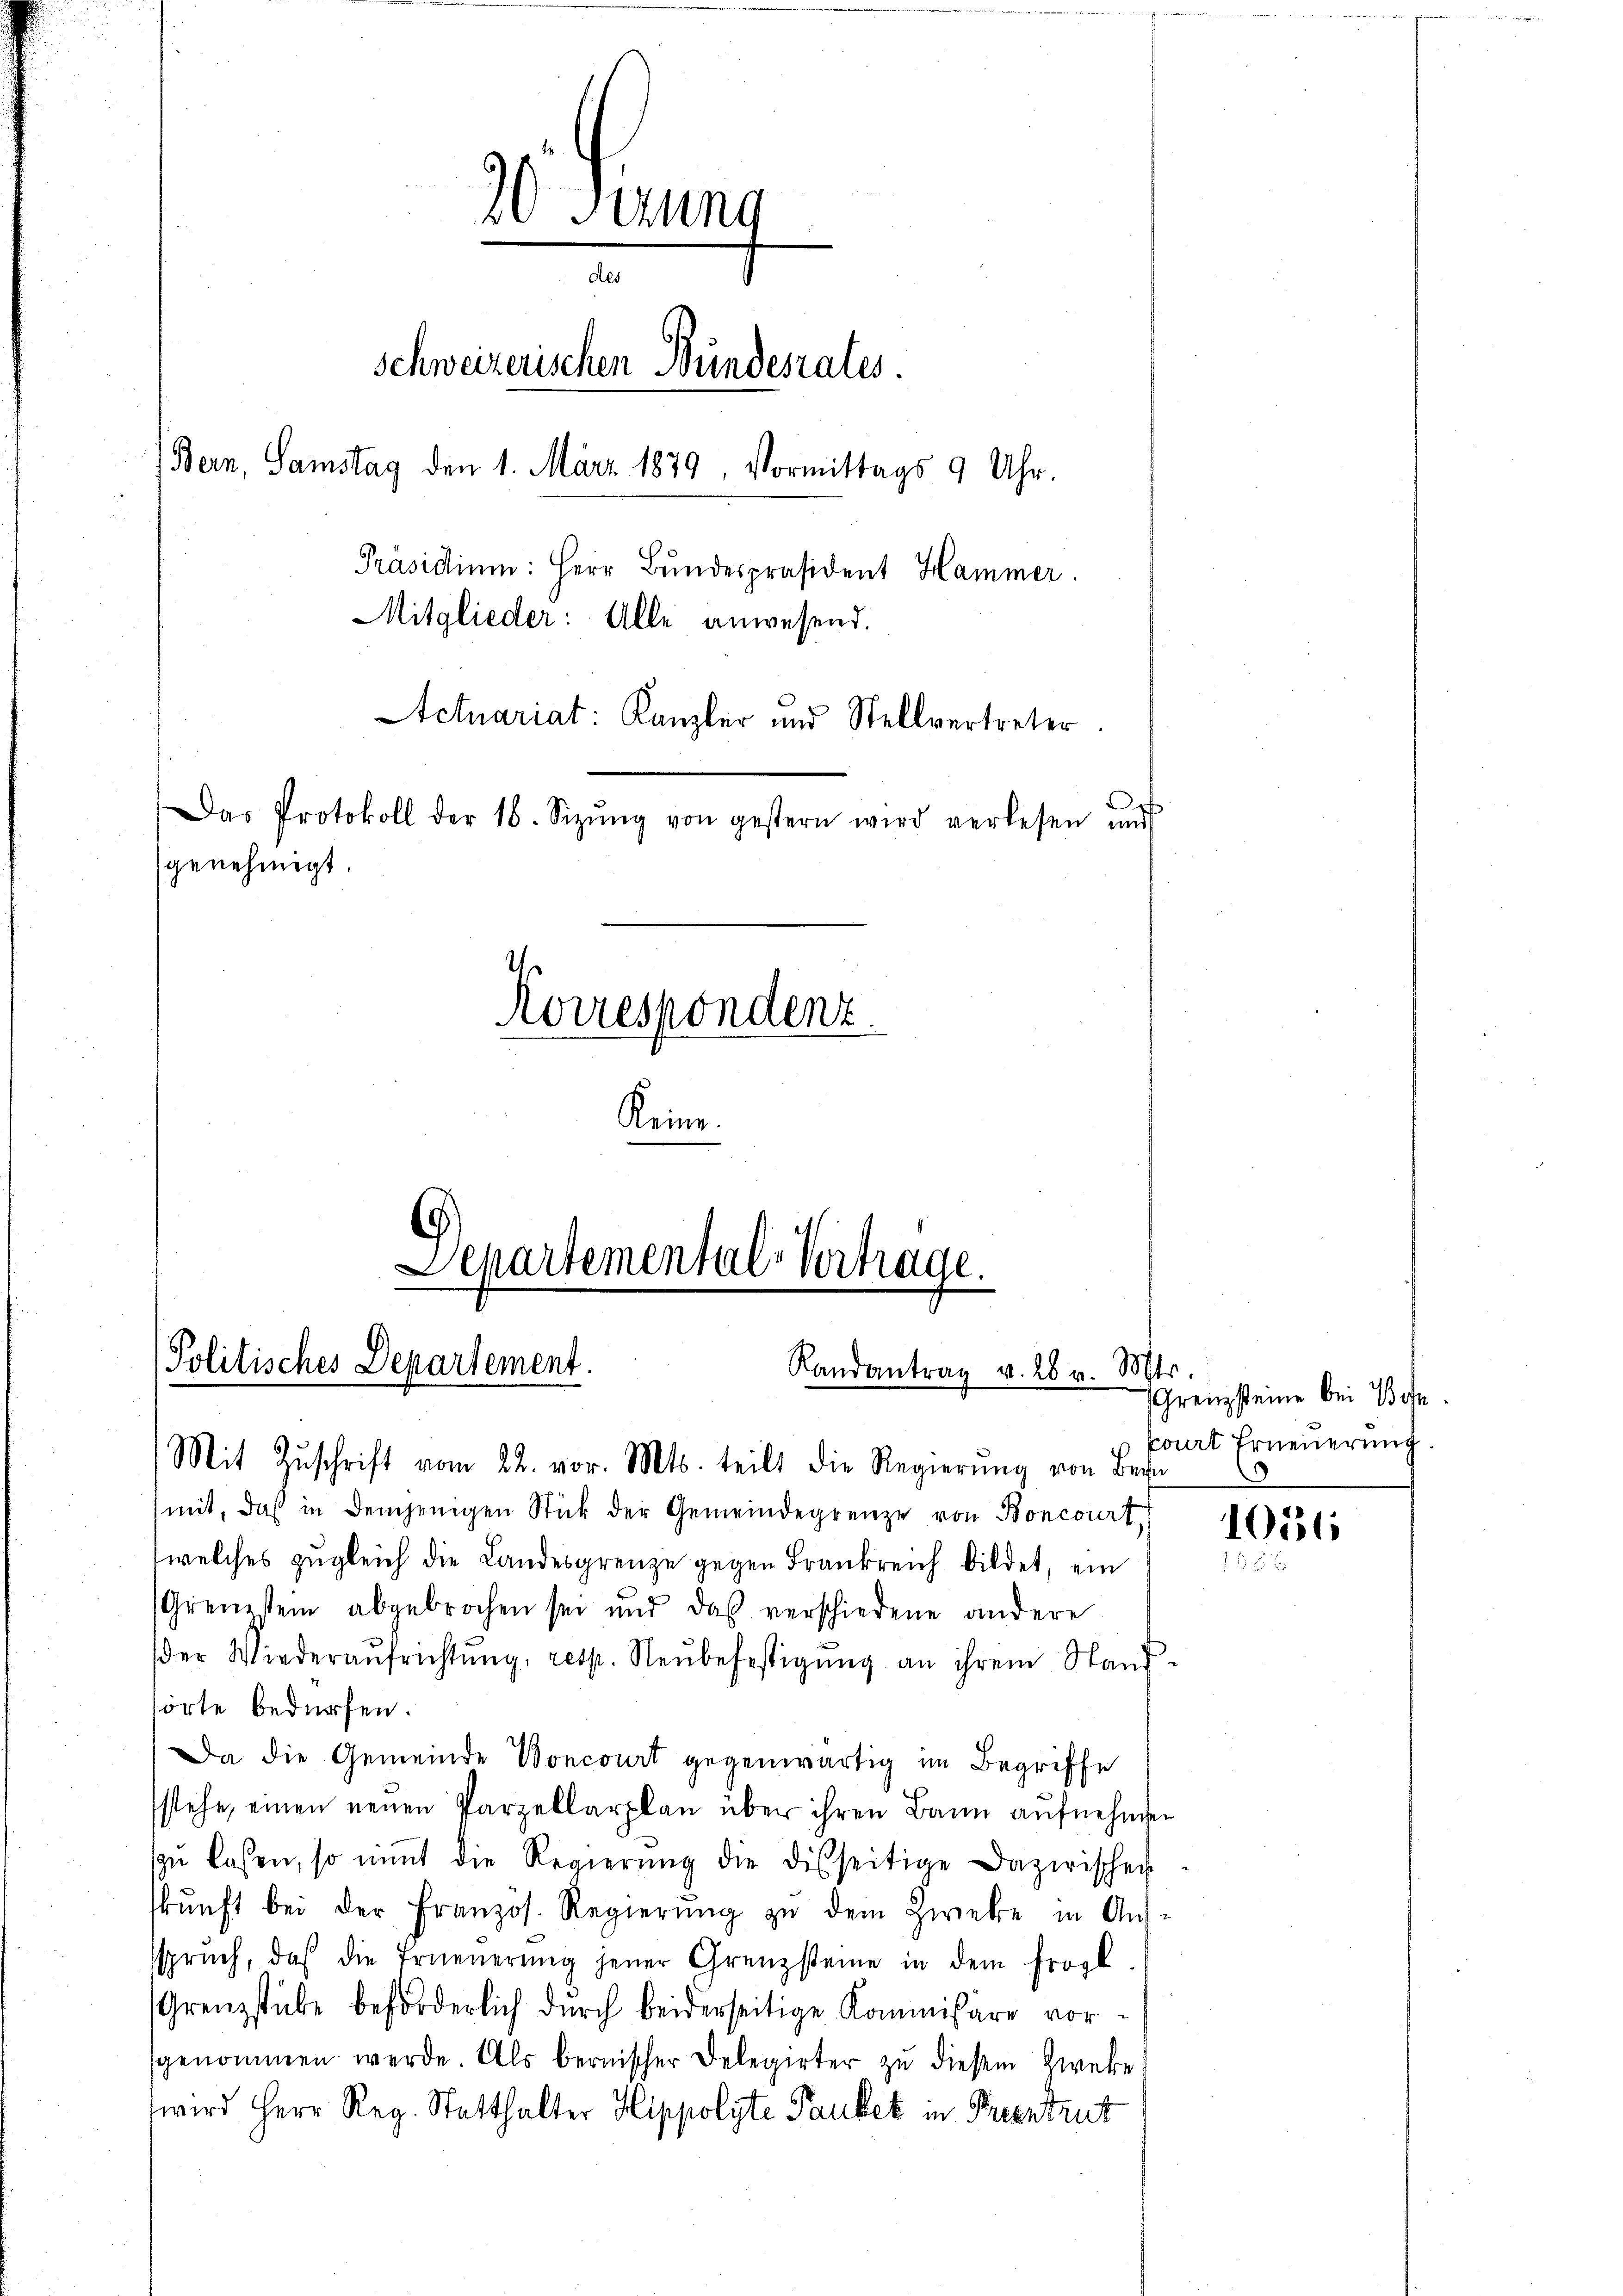
mit, daß in demjenigen Stück der Gemeindegrenze von Boncourt,
(welches zugleich die Landesgrenze gegen Frankreich bildet, ein
Grenzstein abgebrochen sei und das verschiedene andere
der Wiederaŭfrichtŭng, resp. Neŭbefestigŭng an ihrem Stand-
törte bedürfen.
Da die Gemeinde Voncourt gegenwärtig im Begriffe
stehe, einen neuen Parzellarplan über ihren Bann aufnehmen
ŭ lassen, so nimmt die Regierŭng die disseitige Dazwischen
kŭnft bei der Franzos. Regierŭng zŭ dem Zweke in Aus-
sspruch, daß die Erneŭerŭng jener Grenzsteine in dem Frogl
Grenzstube beförderlich durch beiderseitige Kommissäre vorsgenommen werde. Als bernischer Delegirter zŭ diesem Zweke!
wird Herr Reg. Statthalter Hippolyte Paukek in Parentrut

20 Setzung
des
Schweizerischen Bundesrates.
Bern, Samstag den 1. März 1879, Vormittags 9 Uhr.
Präsidium: Herr Bundespräsident Hammer.
Mitglieder: Alle anwesend.
Actuariat: Kanzler und Stellvertreter.
Das Protokoll der 16. Sizŭng von gestern wird verlesen und
genehmigt.
Korrespondenz.
Keine

Separtementale Vertrage.
Politisches Departement.
Randantrag v. 28 v. M
Mit Zŭschrift vom 22. vor. Mts. teilt die Regierŭng von Bern

tr.
Grenzsteine bei Bohn
paart Erneuerung.

10131
¬